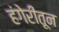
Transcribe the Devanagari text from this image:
हंगेरीतून